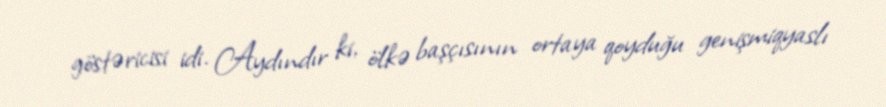
göstəricisi idi. Aydındır ki, ölkə başçısının ortaya qoyduğu genişmiqyaslı